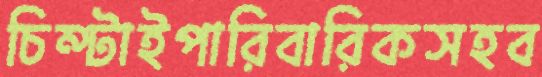
চিম্‌টাইপারিবারিকসহব